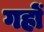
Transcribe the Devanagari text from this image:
गहों